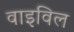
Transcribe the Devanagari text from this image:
वाइविल